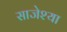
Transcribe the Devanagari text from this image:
साजेश्या